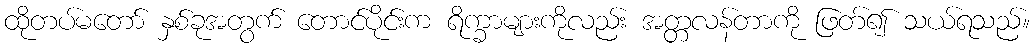
ထိုတပ်မတော် နှစ်ခုအတွက် တောင်ပိုင်းက ရိက္ခာများကိုလည်း အတ္တလန်တာကို ဖြတ်၍ သယ်ရသည်။